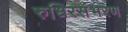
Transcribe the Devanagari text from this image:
रुधिरसंभरण